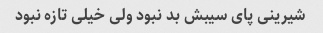
شیرینی پای سیبش بد نبود ولی خیلی تازه نبود